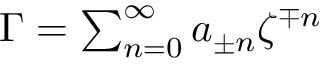
\begin{array} { r } { \Gamma = \sum _ { n = 0 } ^ { \infty } a _ { \pm n } \zeta ^ { \mp n } } \end{array}